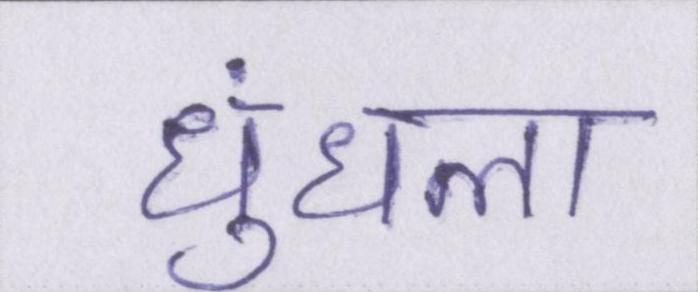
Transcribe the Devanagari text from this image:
धुंधला